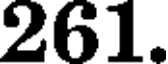
261.